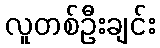
လူတစ်ဦးချင်း